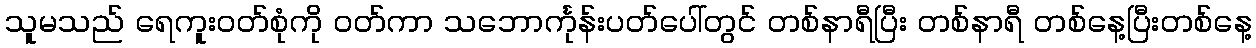
သူမသည် ရေကူးဝတ်စုံကို ဝတ်ကာ သဘောင်္ကုန်းပတ်ပေါ်တွင် တစ်နာရီပြီး တစ်နာရီ တစ်နေ့ပြီးတစ်နေ့